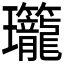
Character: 𬎡